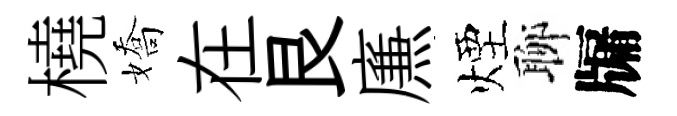
橈嬌在艮㢘煙聊牖